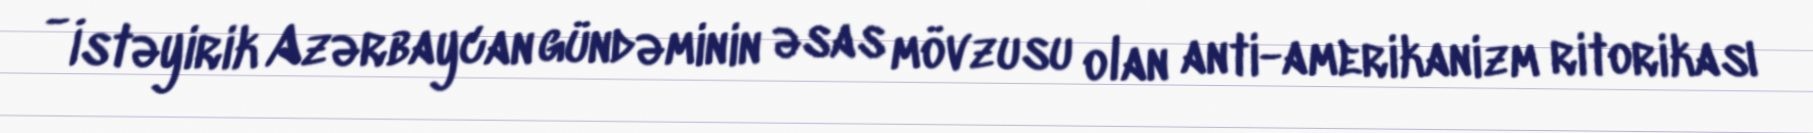
- İstəyirik Azərbaycan gündəminin əsas mövzusu olan anti-amerikanizm ritorikası